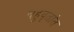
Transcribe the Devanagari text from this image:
बहुवृतांत